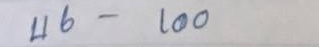
46 - 100